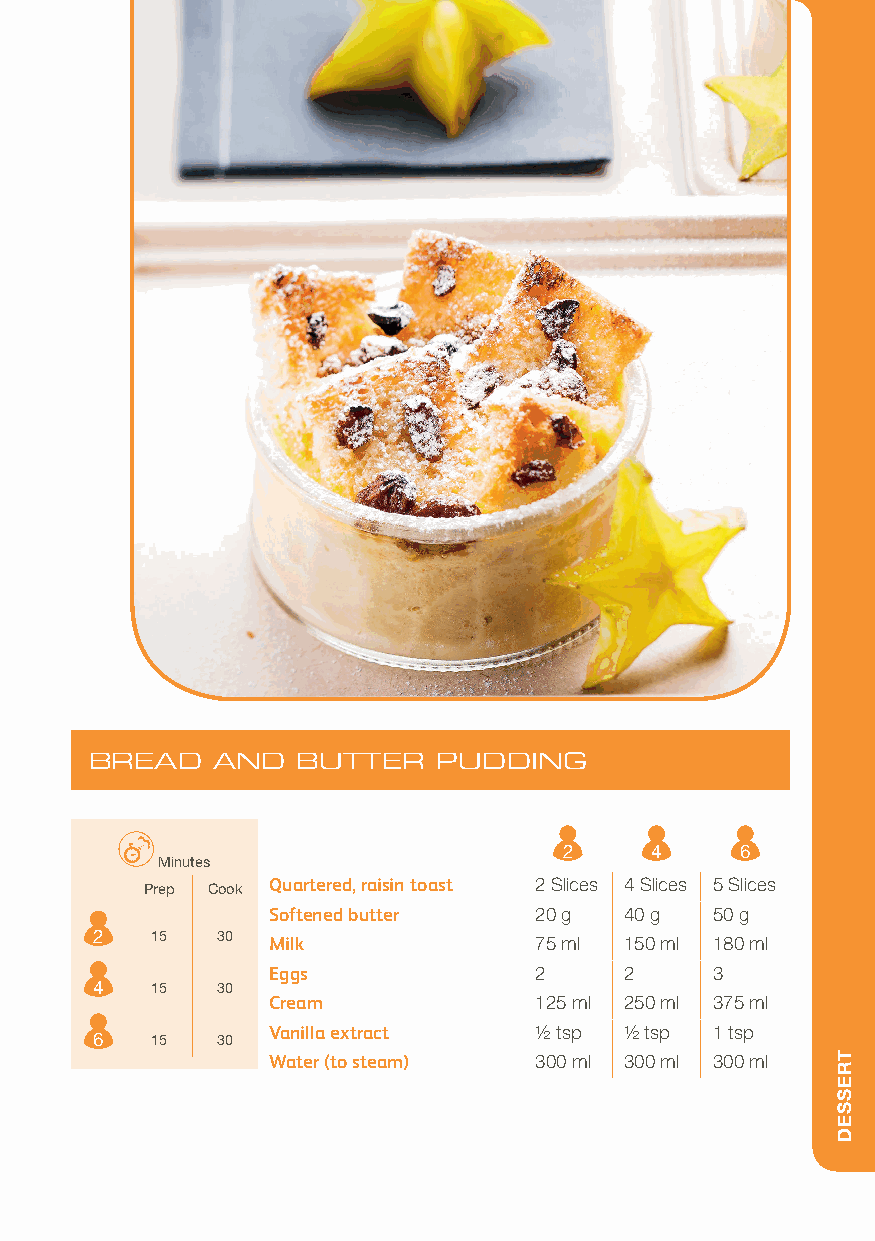
BREAD   AND   BUTTER   PUDDING
 2     4     6
 Minutes
 Prep Cook Quartered, raisin toast 2 Slices 4 Slices 5 Slices
 Softened butter  20 g  40 g  50 g
 2   15  30  Milk             75 ml 150 ml 180 ml
 Eggs             2     2     3
 4   15  30
 Cream            125 ml 250 ml 375 ml
 Vanilla extract  1/2 tsp 1/2 tsp 1 tsp
 6   15  30
 Water (to steam) 300 ml 300 ml 300 ml TRESSED